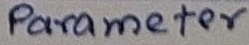
Text: Parameter